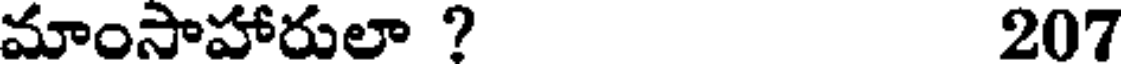
మాంసాహారులా ? 207